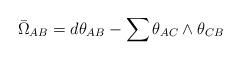
LaTeX: \begin{align*}{\bar \Omega}_{AB} = d\theta_{AB} - \sum \theta_{AC}\wedge \theta_{CB}\end{align*}